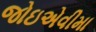
જોઇએવીમા